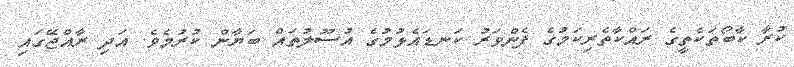
ކުރާ ކާބޯތަކެތީގެ ރައްކާތެރިކަމުގެ ފެންވަރު ކަނޑައެޅުމުގެ އުސޫލުތައް ބަޔާން ކުރުމެވެ. އަދި ރާއްޖޭގައި